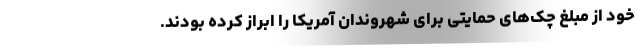
خود از مبلغ چک‌های حمایتی برای شهروندان آمریکا را ابراز کرده بودند.